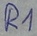
Text: R1